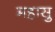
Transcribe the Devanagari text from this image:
महासु